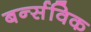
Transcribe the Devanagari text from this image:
बर्न्सविक